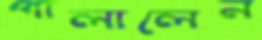
পালালেন